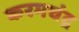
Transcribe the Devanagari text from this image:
करमचंद्र